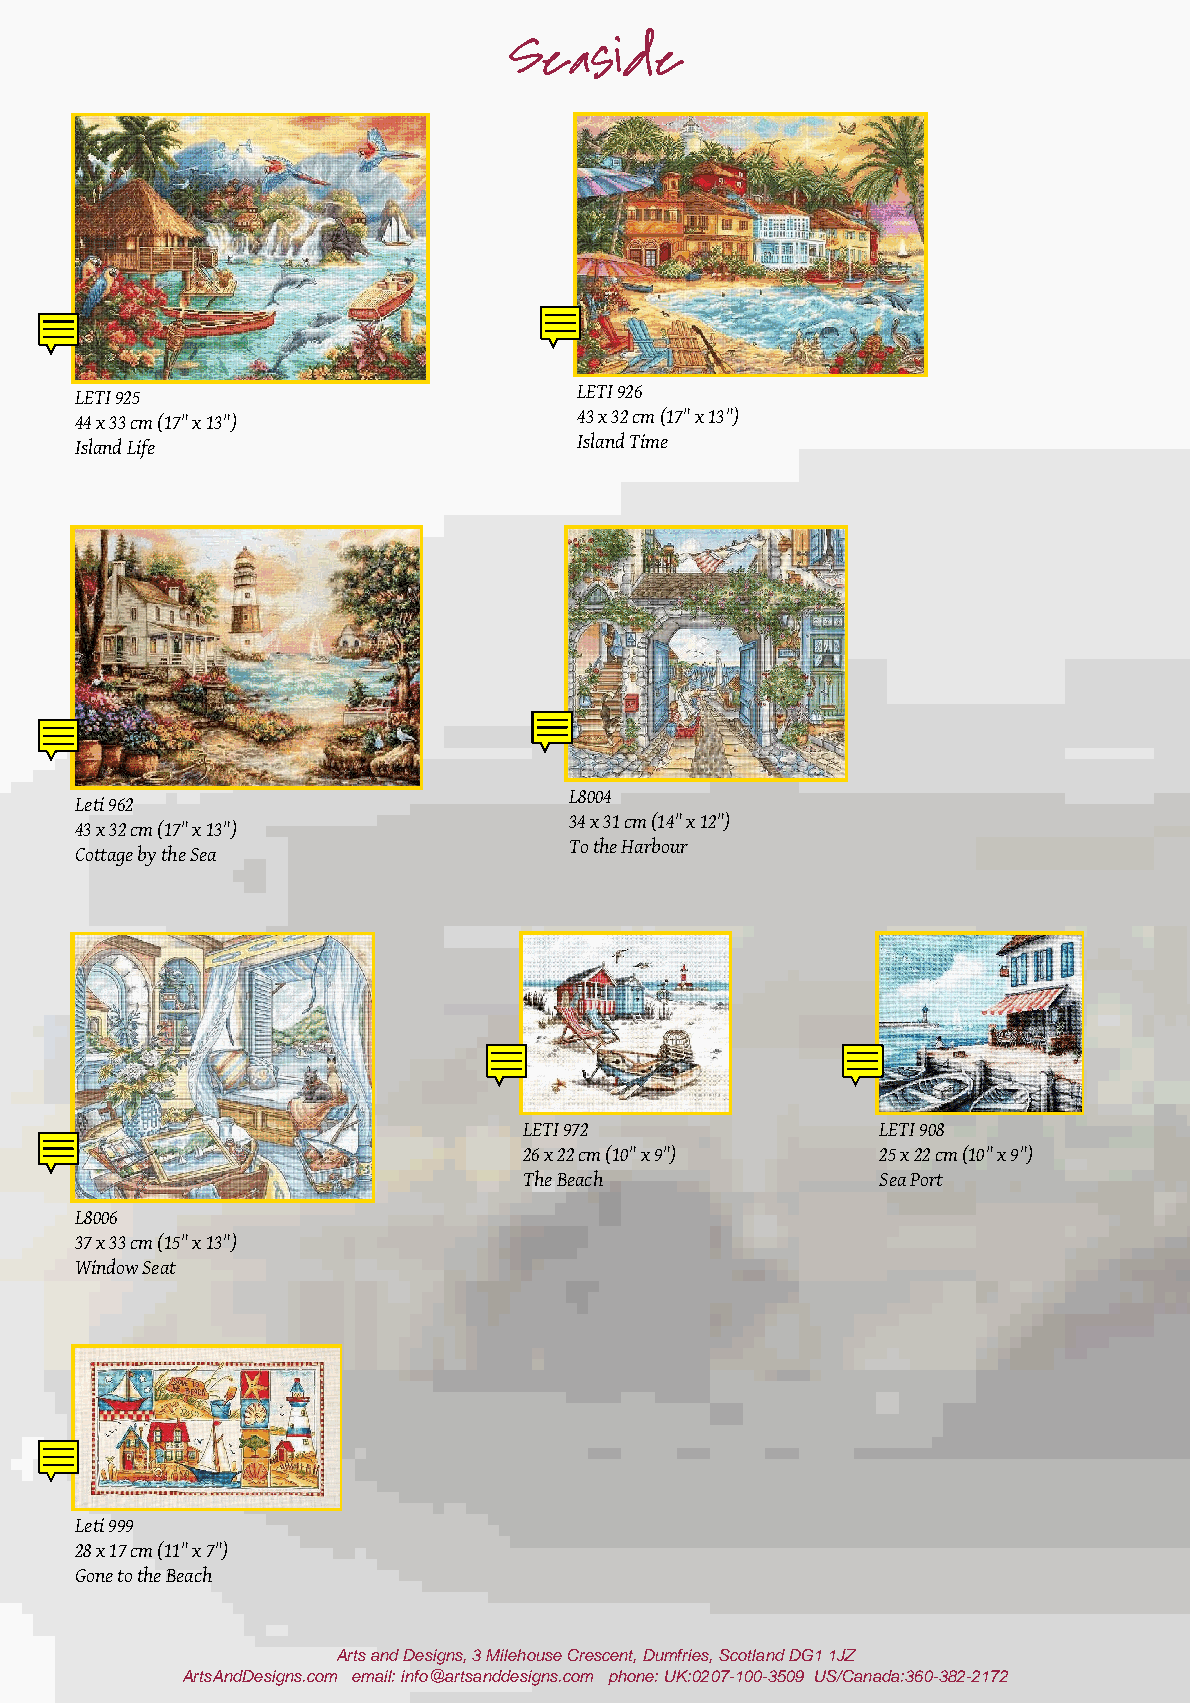
Seaside
 LETI 925                         LETI 926
 44 x 33 cm (17" x 13")           43 x 32 cm (17" x 13")
 Island Life                      Island Time
 L8004
 Leti 962
 34 x 31 cm (14" x 12")
 43 x 32 cm (17" x 13")
 To the Harbour
 Cottage by the Sea
 LETI 972               LETI 908
 26 x 22 cm (10" x 9")  25 x 22 cm (10" x 9")
 The Beach              Sea Port
 L8006
 37 x 33 cm (15" x 13")
 Window Seat
 Leti 999
 28 x 17 cm (11" x 7")
 Gone to the Beach
 Arts and Designs, 3 Milehouse Crescent, Dumfries, Scotland DG1 1JZ
 ArtsAndDesigns.com email: info@artsanddesigns.com phone: UK:0207-100-3509 US/Canada:360-382-2172